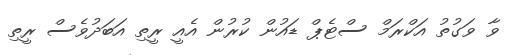
ވާ ވަގުތު އަކްރަމް ސްޓެޕް ޑައުން ކުރުން އެއީ ރީތި އަބަދުވެސް ރީތި